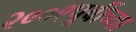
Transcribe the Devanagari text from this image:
२००९पूर्वीच्या